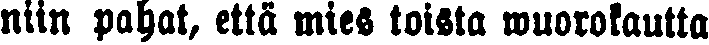
niin pahat, että mies toista wuorokautta